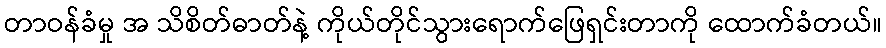
တာဝန်ခံမှု အ သိစိတ်ဓာတ်နဲ့ ကိုယ်တိုင်သွားရောက်ဖြေရှင်းတာကို ထောက်ခံတယ်။